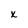
Character: x